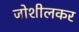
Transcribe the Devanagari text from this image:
जोशीलकर